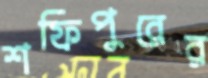
শফিপুরের